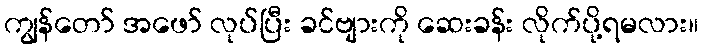
ကျွန်တော် အဖော် လုပ်ပြီး ခင်ဗျားကို ဆေးခန်း လိုက်ပို့ရမလား။